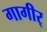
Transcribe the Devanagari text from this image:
गागीर्